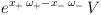
LaTeX: \begin{align*}e^{x_{+}\, \omega_{+} - x_{-}\,\omega_{-}} \, V\end{align*}